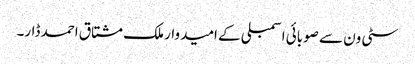
سٹی ون سے صوبائی اسمبلی کے امیدوار ملک مشتاق احمد ڈار۔